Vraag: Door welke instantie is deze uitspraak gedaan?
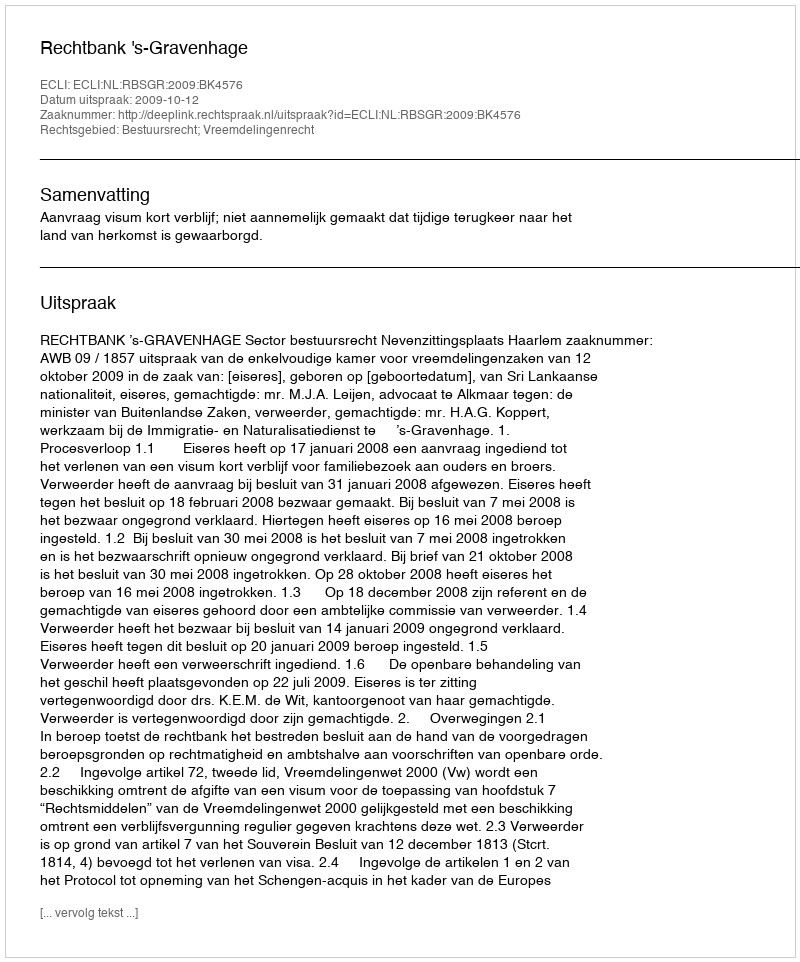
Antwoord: Rechtbank 's-Gravenhage